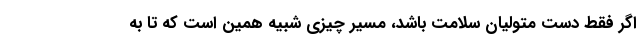
اگر فقط دست متولیان سلامت باشد، مسیر چیزی شبیه همین است که تا به‌